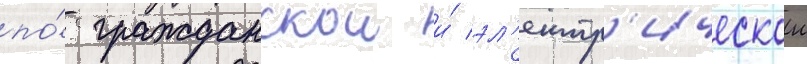
по́ гражданскои и́ эл'ектр'ическои